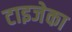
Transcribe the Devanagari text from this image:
टाइजेका